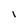
Character: l